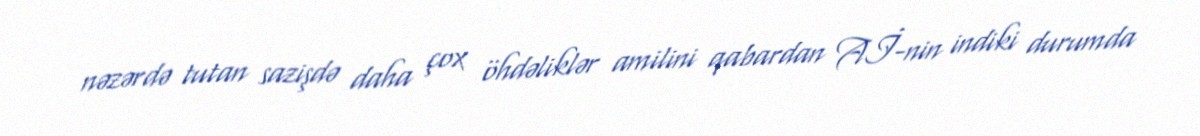
nəzərdə tutan sazişdə daha çox öhdəliklər amilini qabardan Aİ-nin indiki durumda